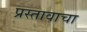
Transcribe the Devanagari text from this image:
प्रस्तावाचा